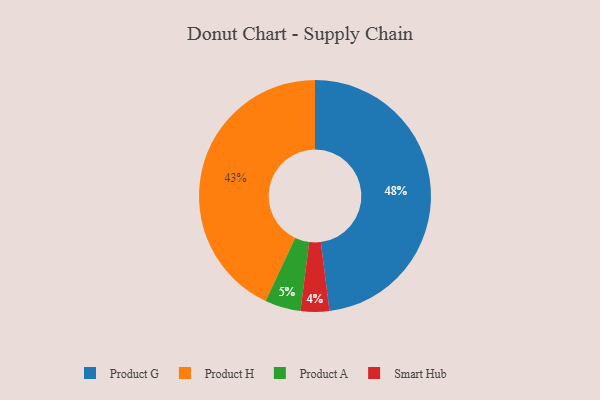
{"axis": {"x": "Category", "y": "Percentage"}, "legend": ["Product A", "Product G", "Product H", "Smart Hub"], "data": [{"x": "Product G", "y": 48, "type": "Product G"}, {"x": "Product H", "y": 43, "type": "Product H"}, {"x": "Product A", "y": 5, "type": "Product A"}, {"x": "Smart Hub", "y": 4, "type": "Smart Hub"}]}